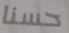
حسنا